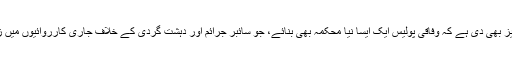
جرمن وزیر داخلہ نے یہ تجویز بھی دی ہے کہ وفاقی پولیس ایک ایسا نیا محکمہ بھی بنائے، جو سائبر جرائم اور دہشت گردی کے خلاف جاری کارروائیوں میں زیادہ فعال کردار ادا کر سکے۔